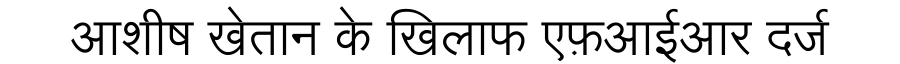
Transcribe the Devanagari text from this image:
आशीष खेतान के खिलाफ एफ़आईआर दर्ज